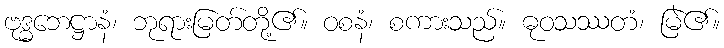
ဗုဒ္ဓဘေဋ္ဌာနံ၊ ဘုရားမြတ်တို့၏။ ဝစနံ၊ စကားသည်။ ဓုဝသဿတံ၊ မြဲ၏။